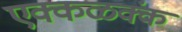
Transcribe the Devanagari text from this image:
एक्कळक्कं